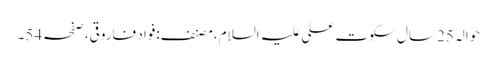
حوالہ 25سال سکوتِ علی علیہ السلام،مصنف:فواد فاروقی،صفحہ54۔